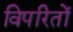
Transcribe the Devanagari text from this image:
विपरितों